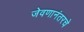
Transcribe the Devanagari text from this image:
जेवणानंतरचे